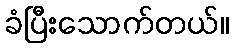
ခံပြီးသောက်တယ်။